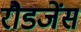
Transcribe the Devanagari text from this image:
रौडजेंस